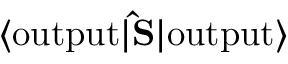
\langle \mathrm { o u t p u t } | { \bf \hat { S } } | \mathrm { o u t p u t } \rangle